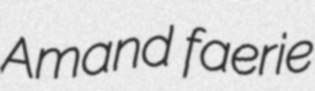
Amand faerie